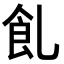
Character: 𩚂